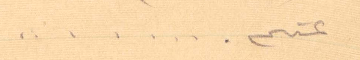
عنكم...